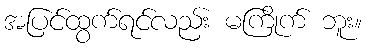
အပြင်ထွက်ရင်လည်း မကြိုက် ဘူး။